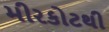
મીરકોટથી